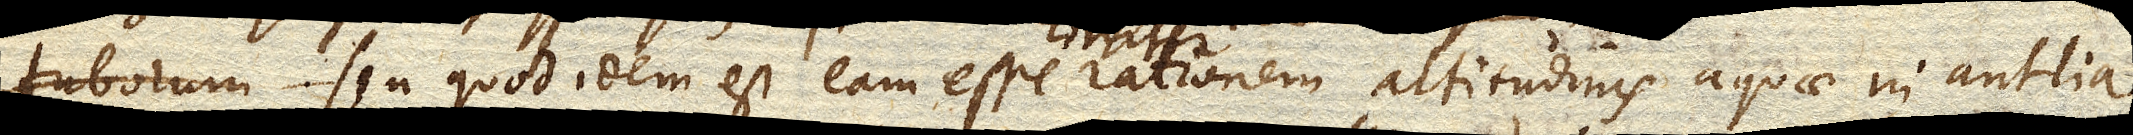
Tuborum seu quod idem est eam esse circiter rationem altitudinis aquae in antlia